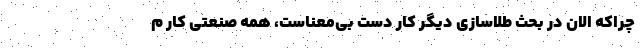
چراکه الان در بحث طلاسازی دیگر کار دست بی‌معناست، همه صنعتی کار م